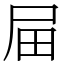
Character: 屇